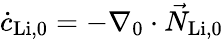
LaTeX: \dot{c}_{\mathrm{Li},0}=-\nabla_{0}\cdot\vec{N}_{\mathrm{Li},0}